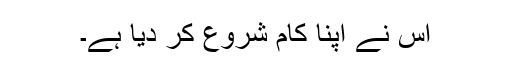
اس نے اپنا کام شروع کر دیا ہے۔